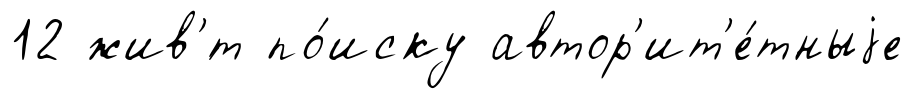
12 жив'́т по́иску автор'ит'е́тныjе